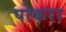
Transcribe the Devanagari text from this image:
पोकरा